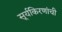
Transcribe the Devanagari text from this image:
सूर्यकिरणांची